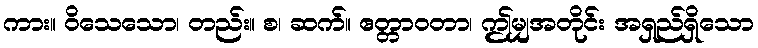
ကား။ ဝိသေသော၊ တည်း။ စ၊ ဆက်။ ဧတ္တာဝတာ၊ ဤမျှအတိုင်း အရှည်ရှိသော